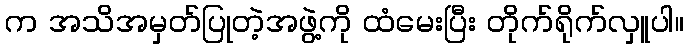
က အသိအမှတ်ပြုတဲ့အဖွဲ့ကို ထံမေးပြီး တိုက်ရိုက်လှူပါ။